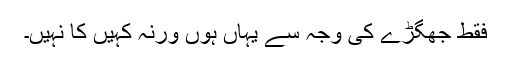
فقط جھگڑے کی وجہ سے یہاں ہوں ورنہ کہیں کا نہیں۔